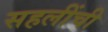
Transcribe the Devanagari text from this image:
सहलींची